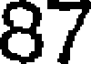
87